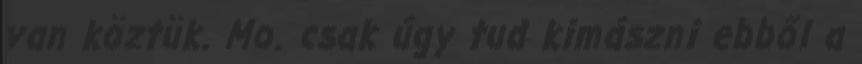
van köztük. Mo. csak úgy tud kimászni ebből a